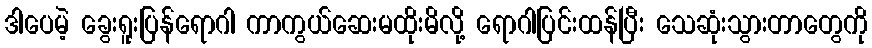
ဒါပေမဲ့ ခွေးရူးပြန်ရောဂါ ကာကွယ်ဆေးမထိုးမိလို့ ရောဂါပြင်းထန်ပြီး သေဆုံးသွားတာတွေကို